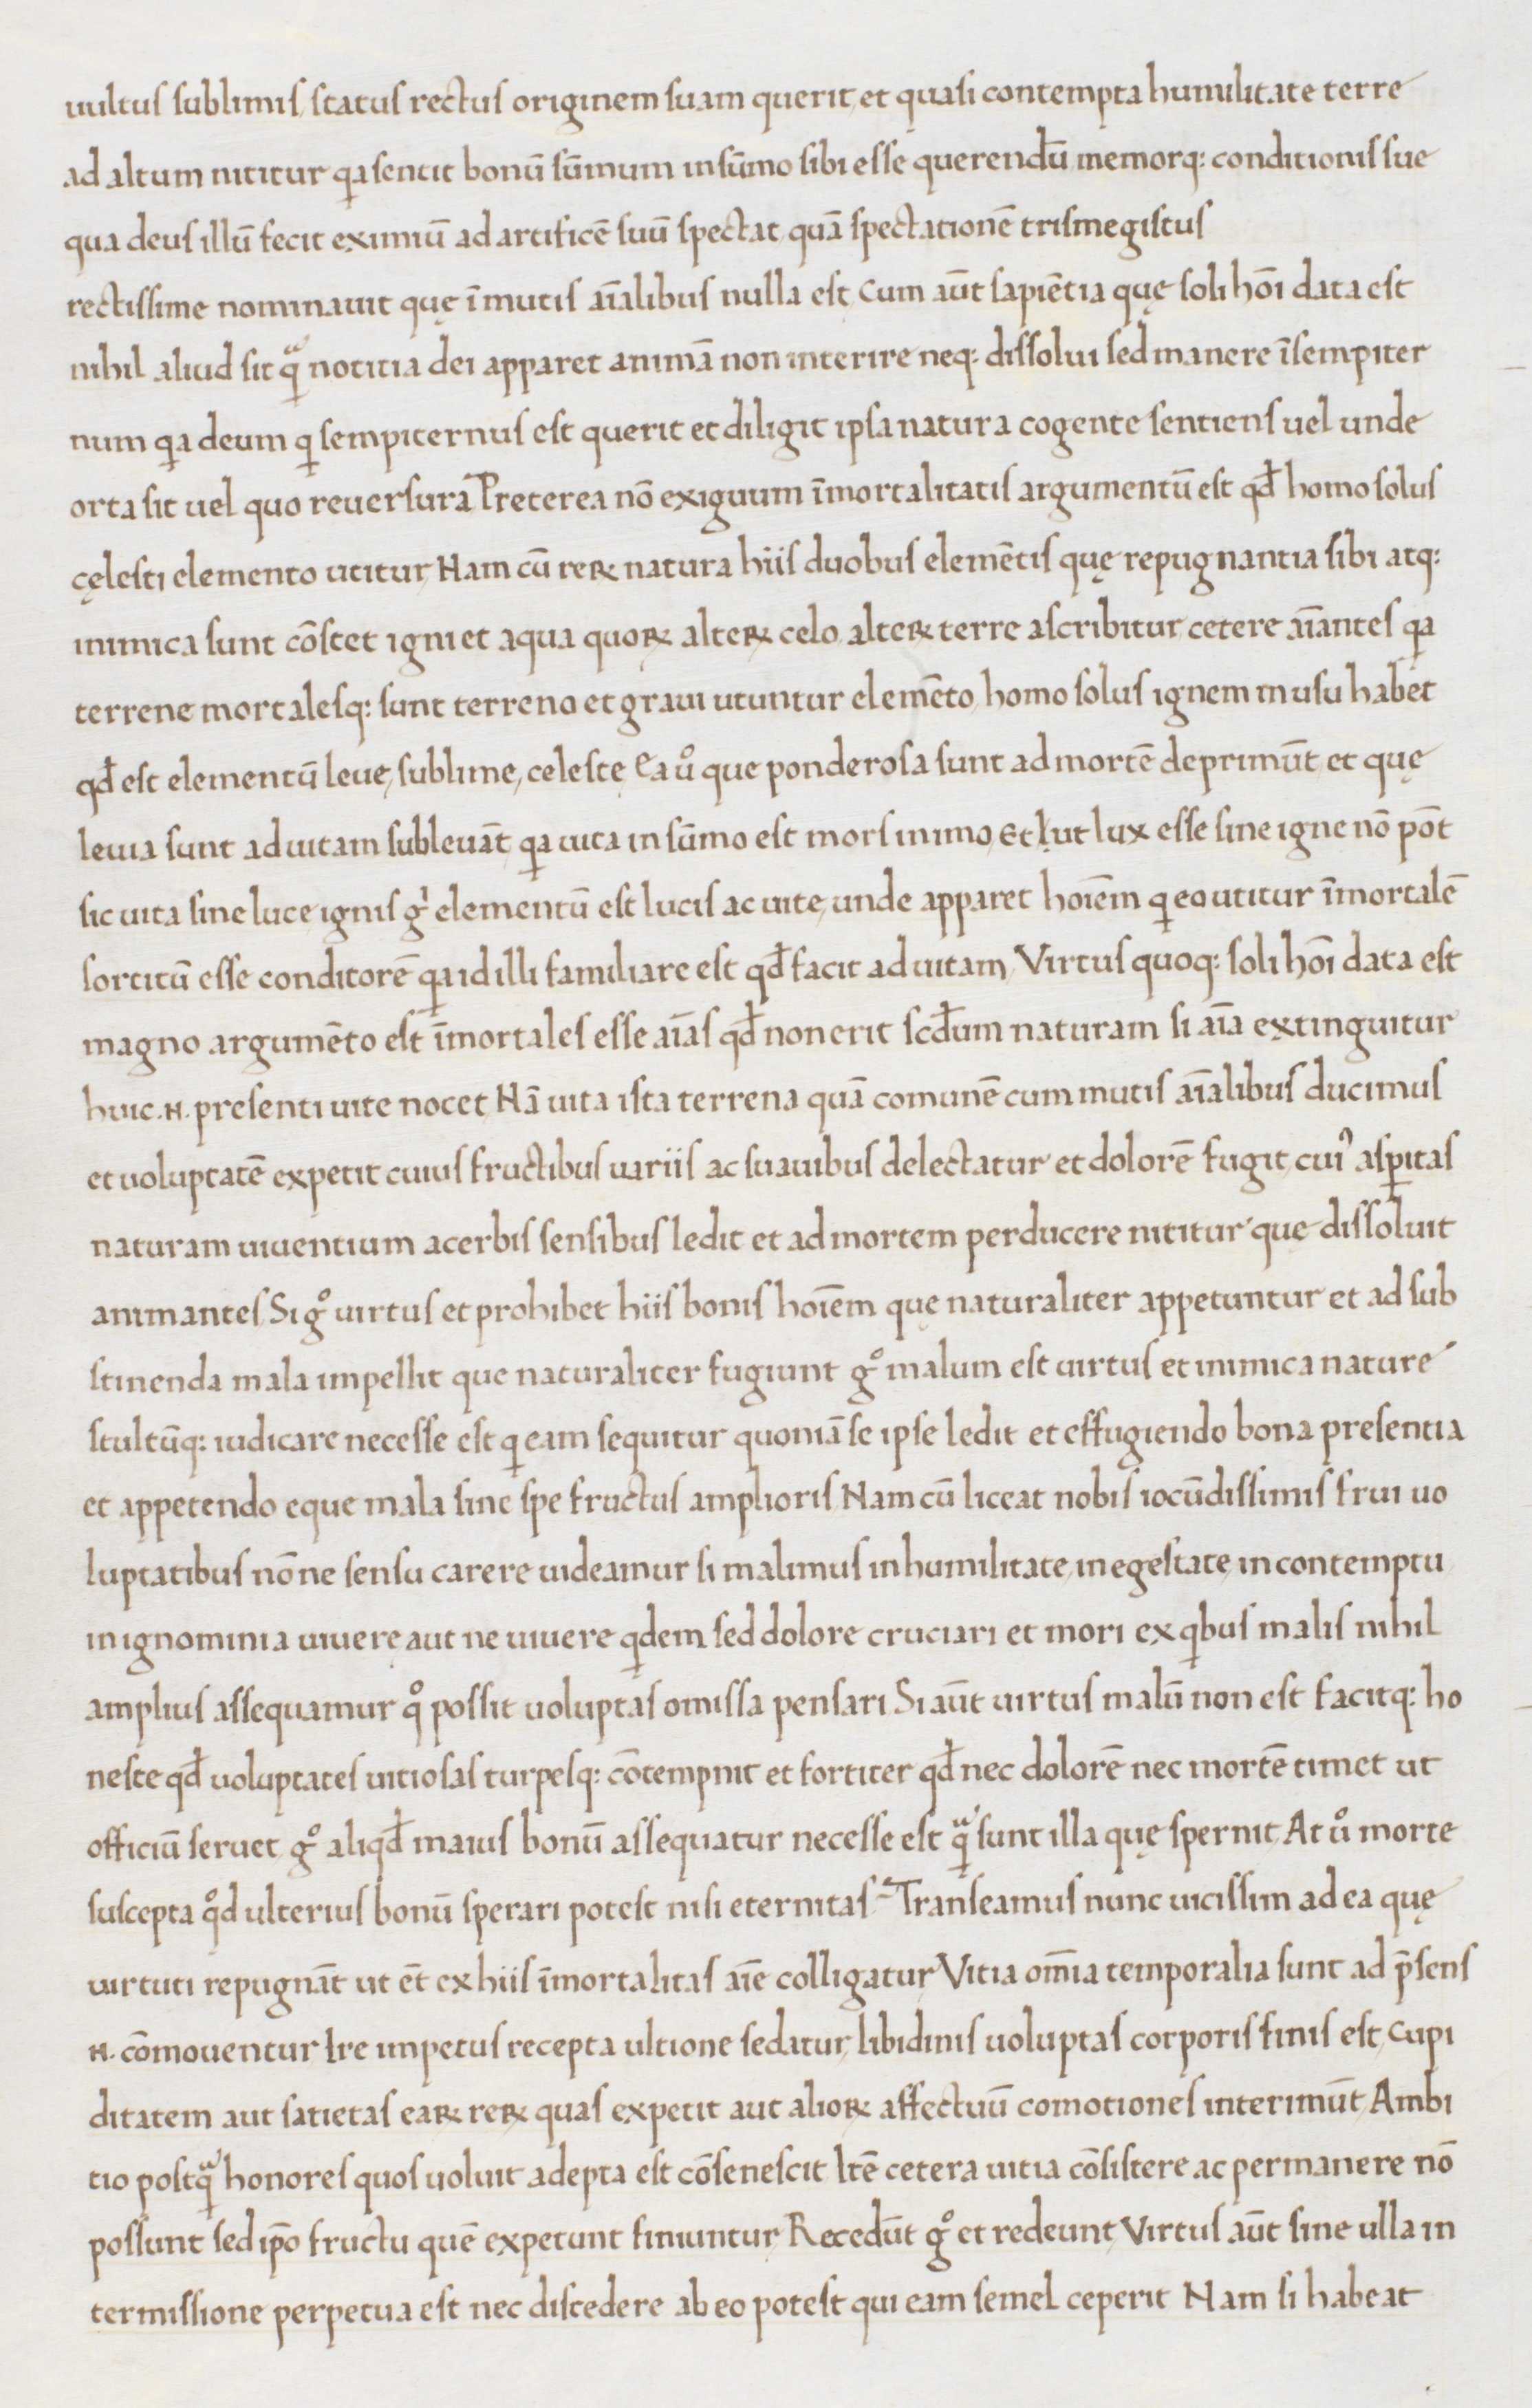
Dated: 1465–1475